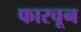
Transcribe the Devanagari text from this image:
फारचून